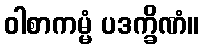
ဝါစာကမ္မံ ပဒက္ခိဏံ။